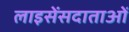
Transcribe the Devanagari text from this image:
लाइसेंसदाताओं